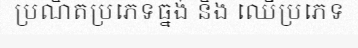
ប្រណិតប្រភេទធ្នង់ និង ឈើប្រភេទ